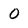
Character: O